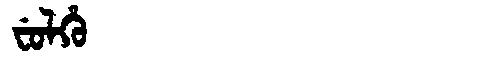
Manchu: ᠸᡠᠯᡥᡠ
Romanization: FULHU